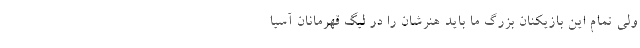
ولی تمام این بازیکنان بزرگ ما باید هنرشان را در لیگ قهرمانان آسیا